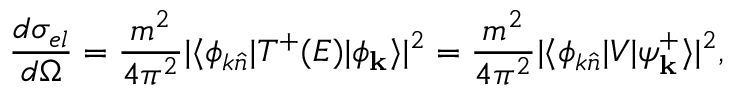
\frac { d \sigma _ { e l } } { d \Omega } = \frac { m ^ { 2 } } { 4 \pi ^ { 2 } } | \langle { \phi _ { k \hat { n } } } | T ^ { + } ( E ) | \phi _ { \mathbf { k } } \rangle | ^ { 2 } = \frac { m ^ { 2 } } { 4 \pi ^ { 2 } } | \langle { \phi _ { k \hat { n } } } | V | { \psi _ { \mathbf { k } } ^ { + } } \rangle | ^ { 2 } ,